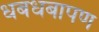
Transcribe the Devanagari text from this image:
धबधबापण